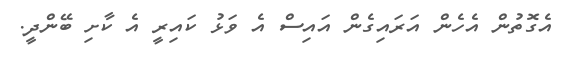
އެގޮތުން އެހެން އަރައިގެން އައިސް އެ ވަޅު ކައިރީ އެ ކާށި ބޭންދީ.